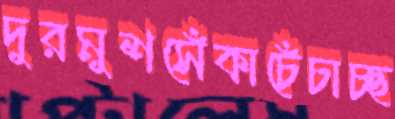
দুরমুশসেঁকাচেঁচাচ্ছ